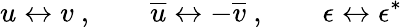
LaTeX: u\leftrightarrow v\ ,\qquad{\overline{{u}}}\leftrightarrow-{\overline{{v}}}\ ,\qquad\epsilon\leftrightarrow\epsilon^{\ast}